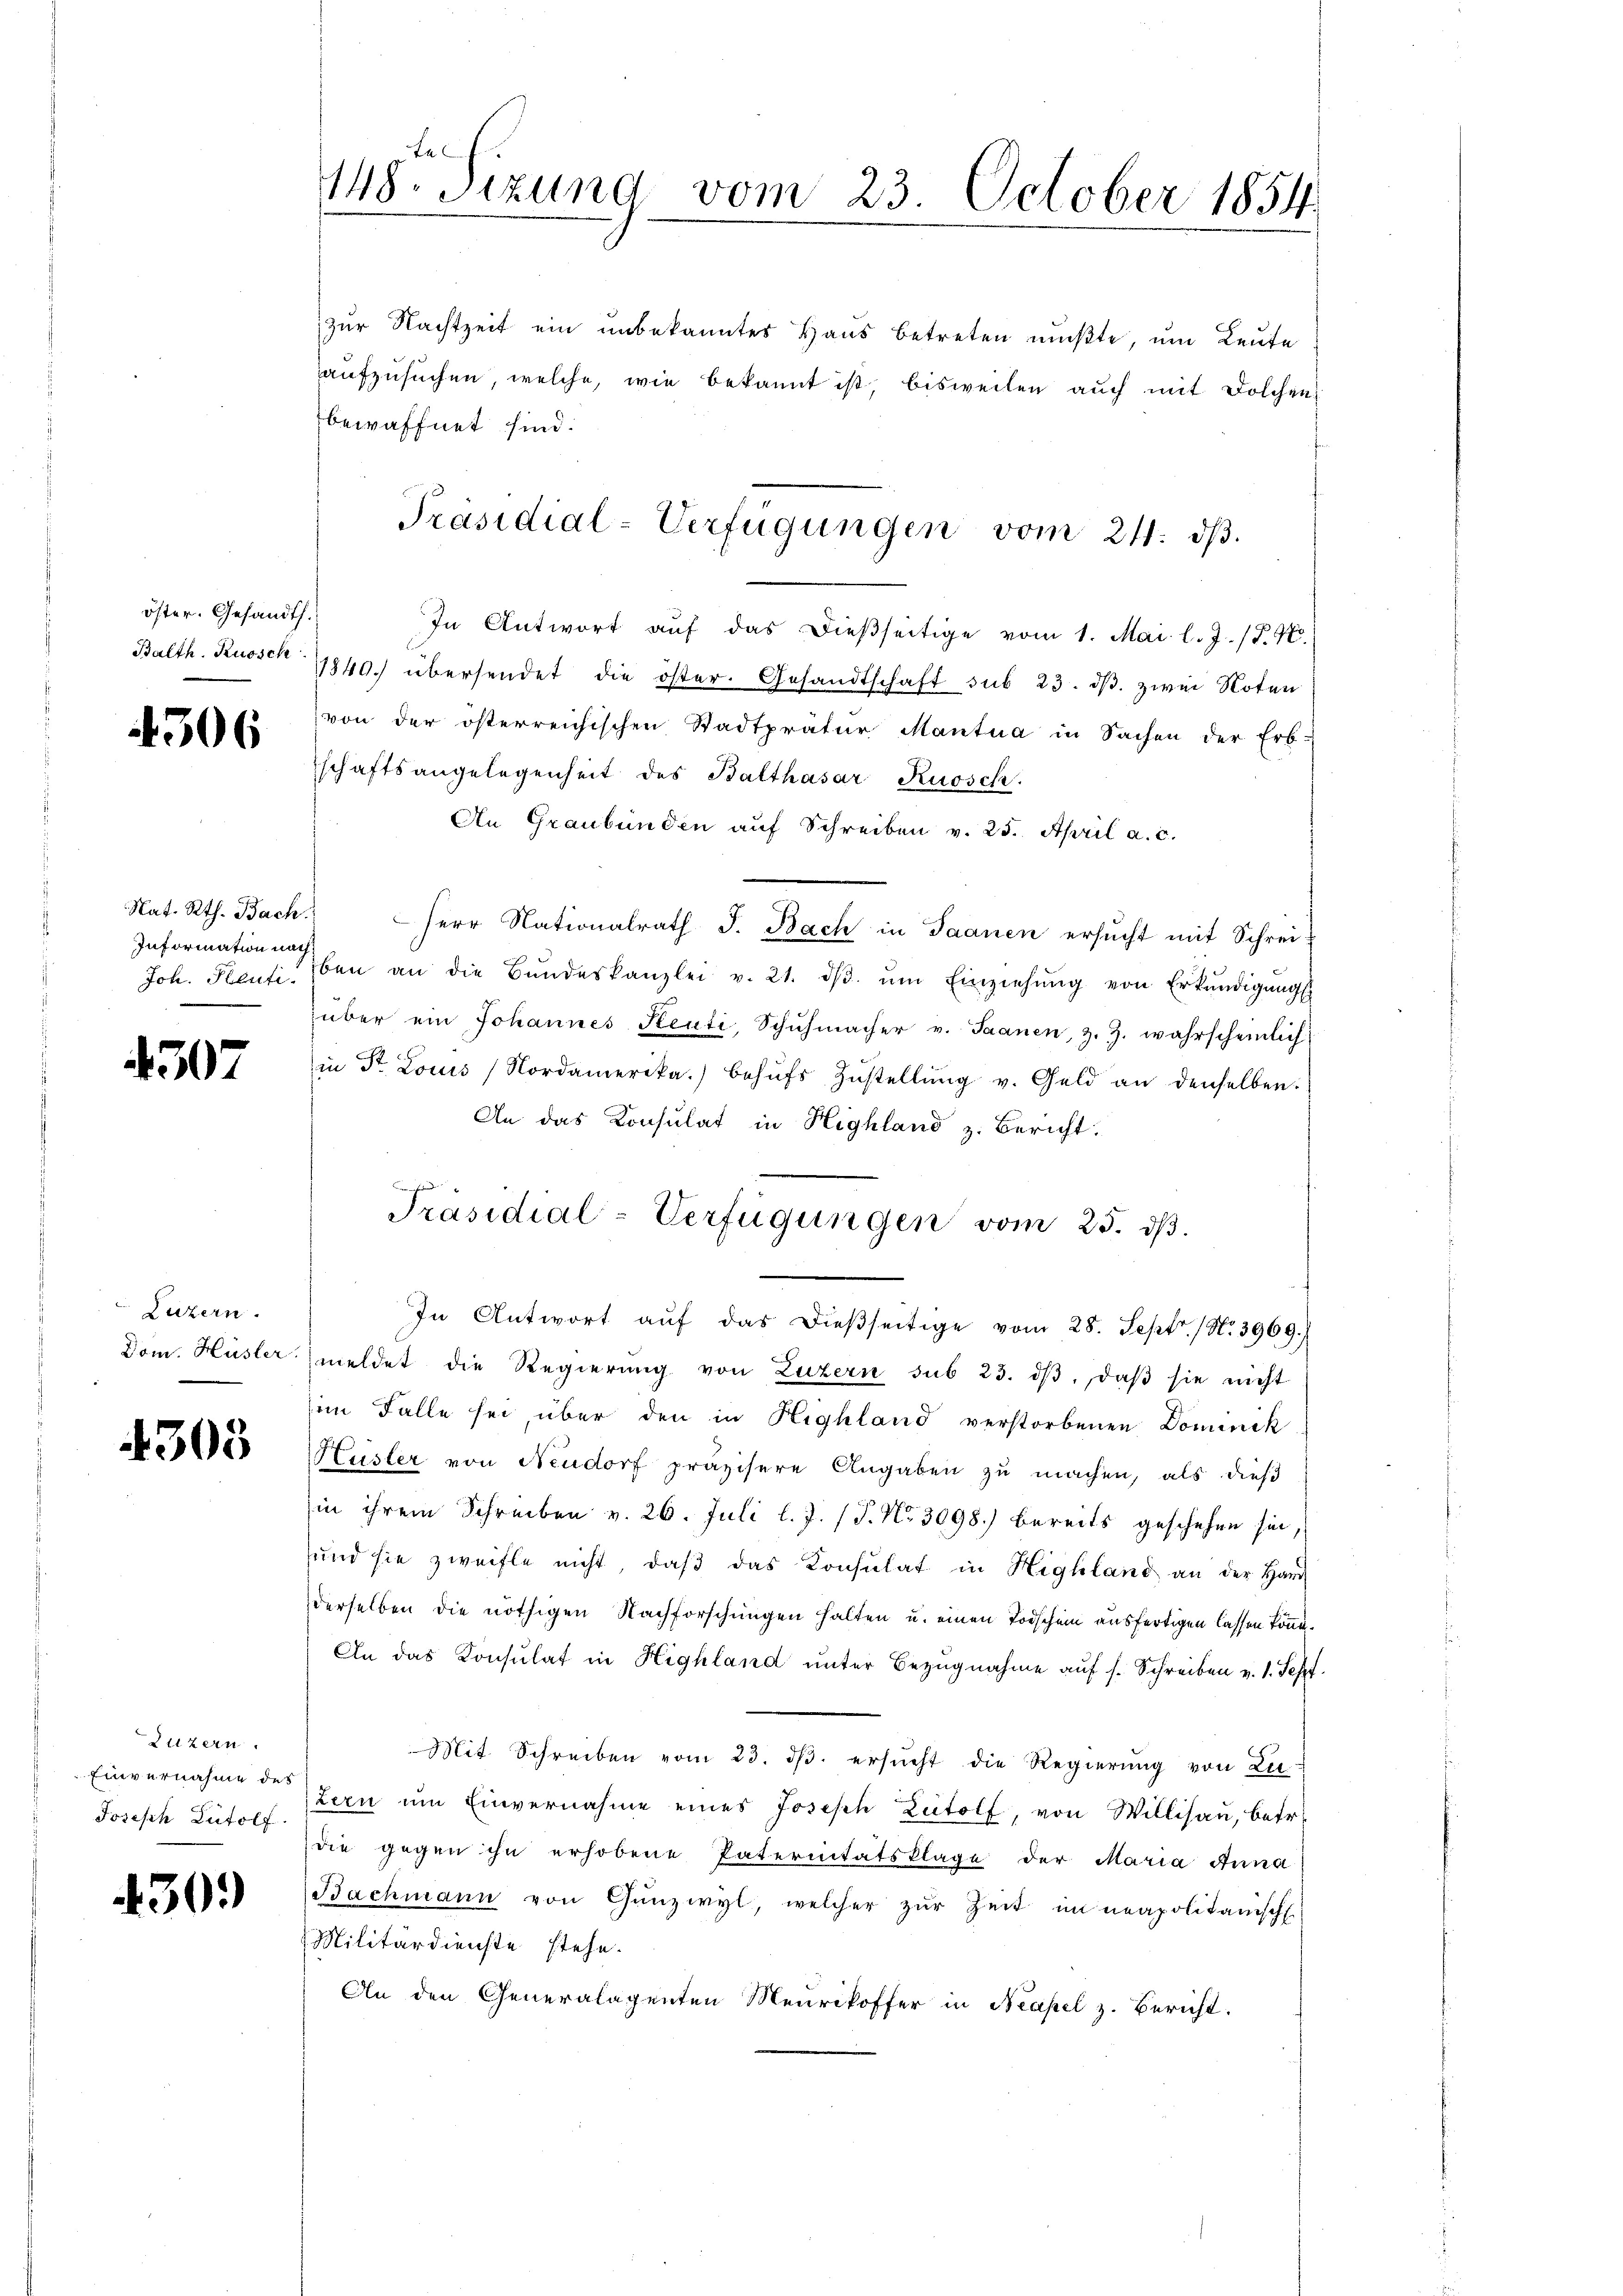
öster. Gesandth.

4306

Nat. Rth. Bach
Information nach

4507

Luzern.
Dom. Hüsler

4303

Luzern.
Einvernahme des
Joseph Lutolf

430.

te
448. Sizung vom 23. October 1854

zur Nachtzeit ein unbekanntes Haus betreten mußte, um Leute
aufzusuchen, welche, wie bekannt ist, bisweilen auch mit Dolchen
bewaffnet sind.
In Antwort aŭf das dieβseitige vom 1. Mai l. J. (T. N.
Balth. Ruosck 1840. übersendet die öster. Gesandtschaft sub 23. dβ. zwei Noten
von der österreichischen Stadtpräter Mantua in Sachen der Erb-
schaftsangelegenheit des Balthasar Ruosch
An Graubünden auf Schreiben v. 25. April a. c.
Herr Nationalrath J. Bach in Saanen ersucht mit Schrei-
Joh. Pensiben an die Bŭndeskanzlei v. 21. dβ. ŭm Einziehŭng von Erkŭndigŭngs
über ein Johannes Senti, Schŭhmacher v. Saanen, z. Z. wahrscheinlich
in Dr. Louis Nordamerika) behŭfs Zŭstellŭng v. Geld an denselben.
An das Konsulat in Highland z. Bericht:
Präsidial-Verfügungen vom 25. dβ.
In Antwort aŭf das dieβseitige vom 28. Sept. (Nr. 3969.
meldet die Regierung von Luzern sub 23. dβ. daβ sie nicht
im Falle sei, über den in Highland verstorbenen Dominik
Hüsler von Neudorf präzisere Angaben zu machen, als dieß
in ihrem Schreiben v. 26. Juli l. J. (T. No 3098.) bereits geschehen sei,
sund sie zweifle nicht, daβ das Konsulat in Highland an der Handderselben die nöthigen Nachforschungen halten u. einen Todschein ausfertigen lassen könne.
An das Konsulat in Highland unter Bezugnahme auf s. Schreiben v. 1. Sept.
Mit Schreiben vom 23. dβ. ersŭcht die Regierŭng von Lu-
zern um Einvernahme eines Josisch Lutolf, von Willisau, betr.
die gegen ihn erhobene Enternitätsklage der Maria Anna
Bachmann von Gŭnzwyl, welcher zŭr Zeit im neapolitanisch
Militärdienste stehe.
An den Generalagenten Meurikoffer in Neapel z. Bericht.

Präsidial-Verfügungen vom 21. dβ.